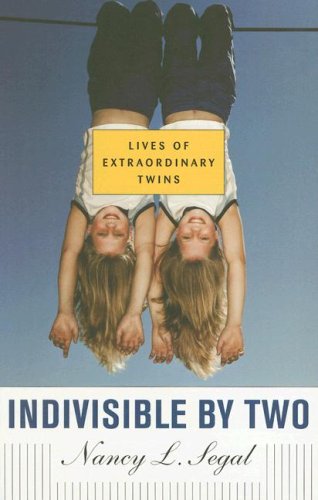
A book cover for Indivisible by Two: Lives of  Extraordinary Twins; Nancy L. Segal; Parenting & Relationships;